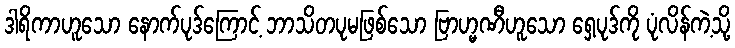
ဒါရိကာဟူသော နောက်ပုဒ်ကြောင့် ဘာသိတပုမဖြစ်သော ဗြာဟ္မဏီဟူသော ရှေ့ပုဒ်ကို ပုံလိန်ကဲ့သို့